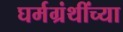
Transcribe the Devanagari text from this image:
घर्मग्रंथींच्या